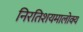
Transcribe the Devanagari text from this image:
निरतिशयमालोक्य